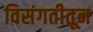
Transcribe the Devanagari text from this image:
विसंगतीतून